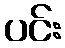
ပင်း